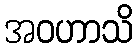
အဝဟာသိ